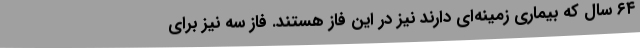
۶۴ سال که بیماری زمینه‌ای دارند نیز در این فاز هستند. فاز سه نیز برای